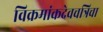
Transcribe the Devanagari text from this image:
विक्रमांकदेवचत्रिचा